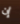
إن